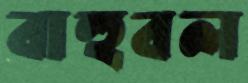
বাহুবল